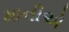
માનીએ